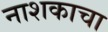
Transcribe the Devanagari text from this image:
नाशकाचा